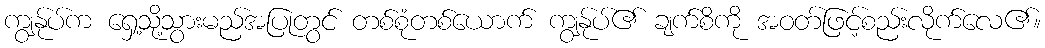
ကျွန်ုပ်က ရှေ့သို့သွားမည်အပြုတွင် တစ်စုံတစ်ယောက် ကျွန်ုပ်၏ ချက်စိကို အဝတ်ဖြင့်စည်းလိုက်လေ၏။